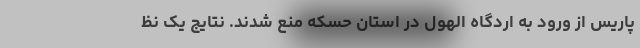
پاریس از ورود به اردگاه الهول در استان حسکه منع شدند. نتایج یک نظ